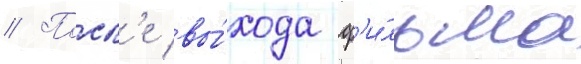
// Посл'е вы́хода ф'и́льма